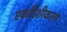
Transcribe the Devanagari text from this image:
एकदिशीकरण